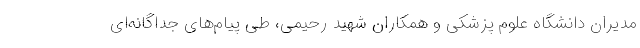
مدیران دانشگاه علوم پزشکی و همکاران شهید رحیمی، طی پیام‌های جداگانه‌ای